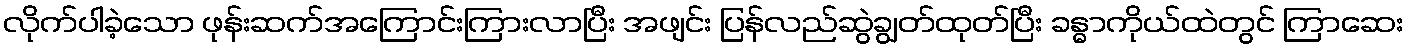
လိုက်ပါခဲ့သော ဖုန်းဆက်အကြောင်းကြားလာပြီး အဖျင်း ပြန်လည်ဆွဲချွတ်ထုတ်ပြီး ခန္ဓာကိုယ်ထဲတွင် ကြာဆေး